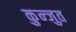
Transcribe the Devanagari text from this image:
कुन्जुत